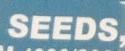
seeds